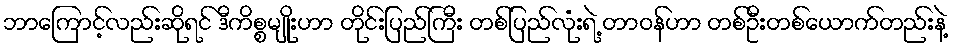
ဘာကြောင့်လည်းဆိုရင် ဒီကိစ္စမျိုးဟာ တိုင်းပြည်ကြီး တစ်ပြည်လုံးရဲ့ တာဝန်ဟာ တစ်ဦးတစ်ယောက်တည်းနဲ့